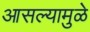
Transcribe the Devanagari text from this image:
आसल्‍यामुळे